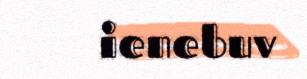
ienebuv